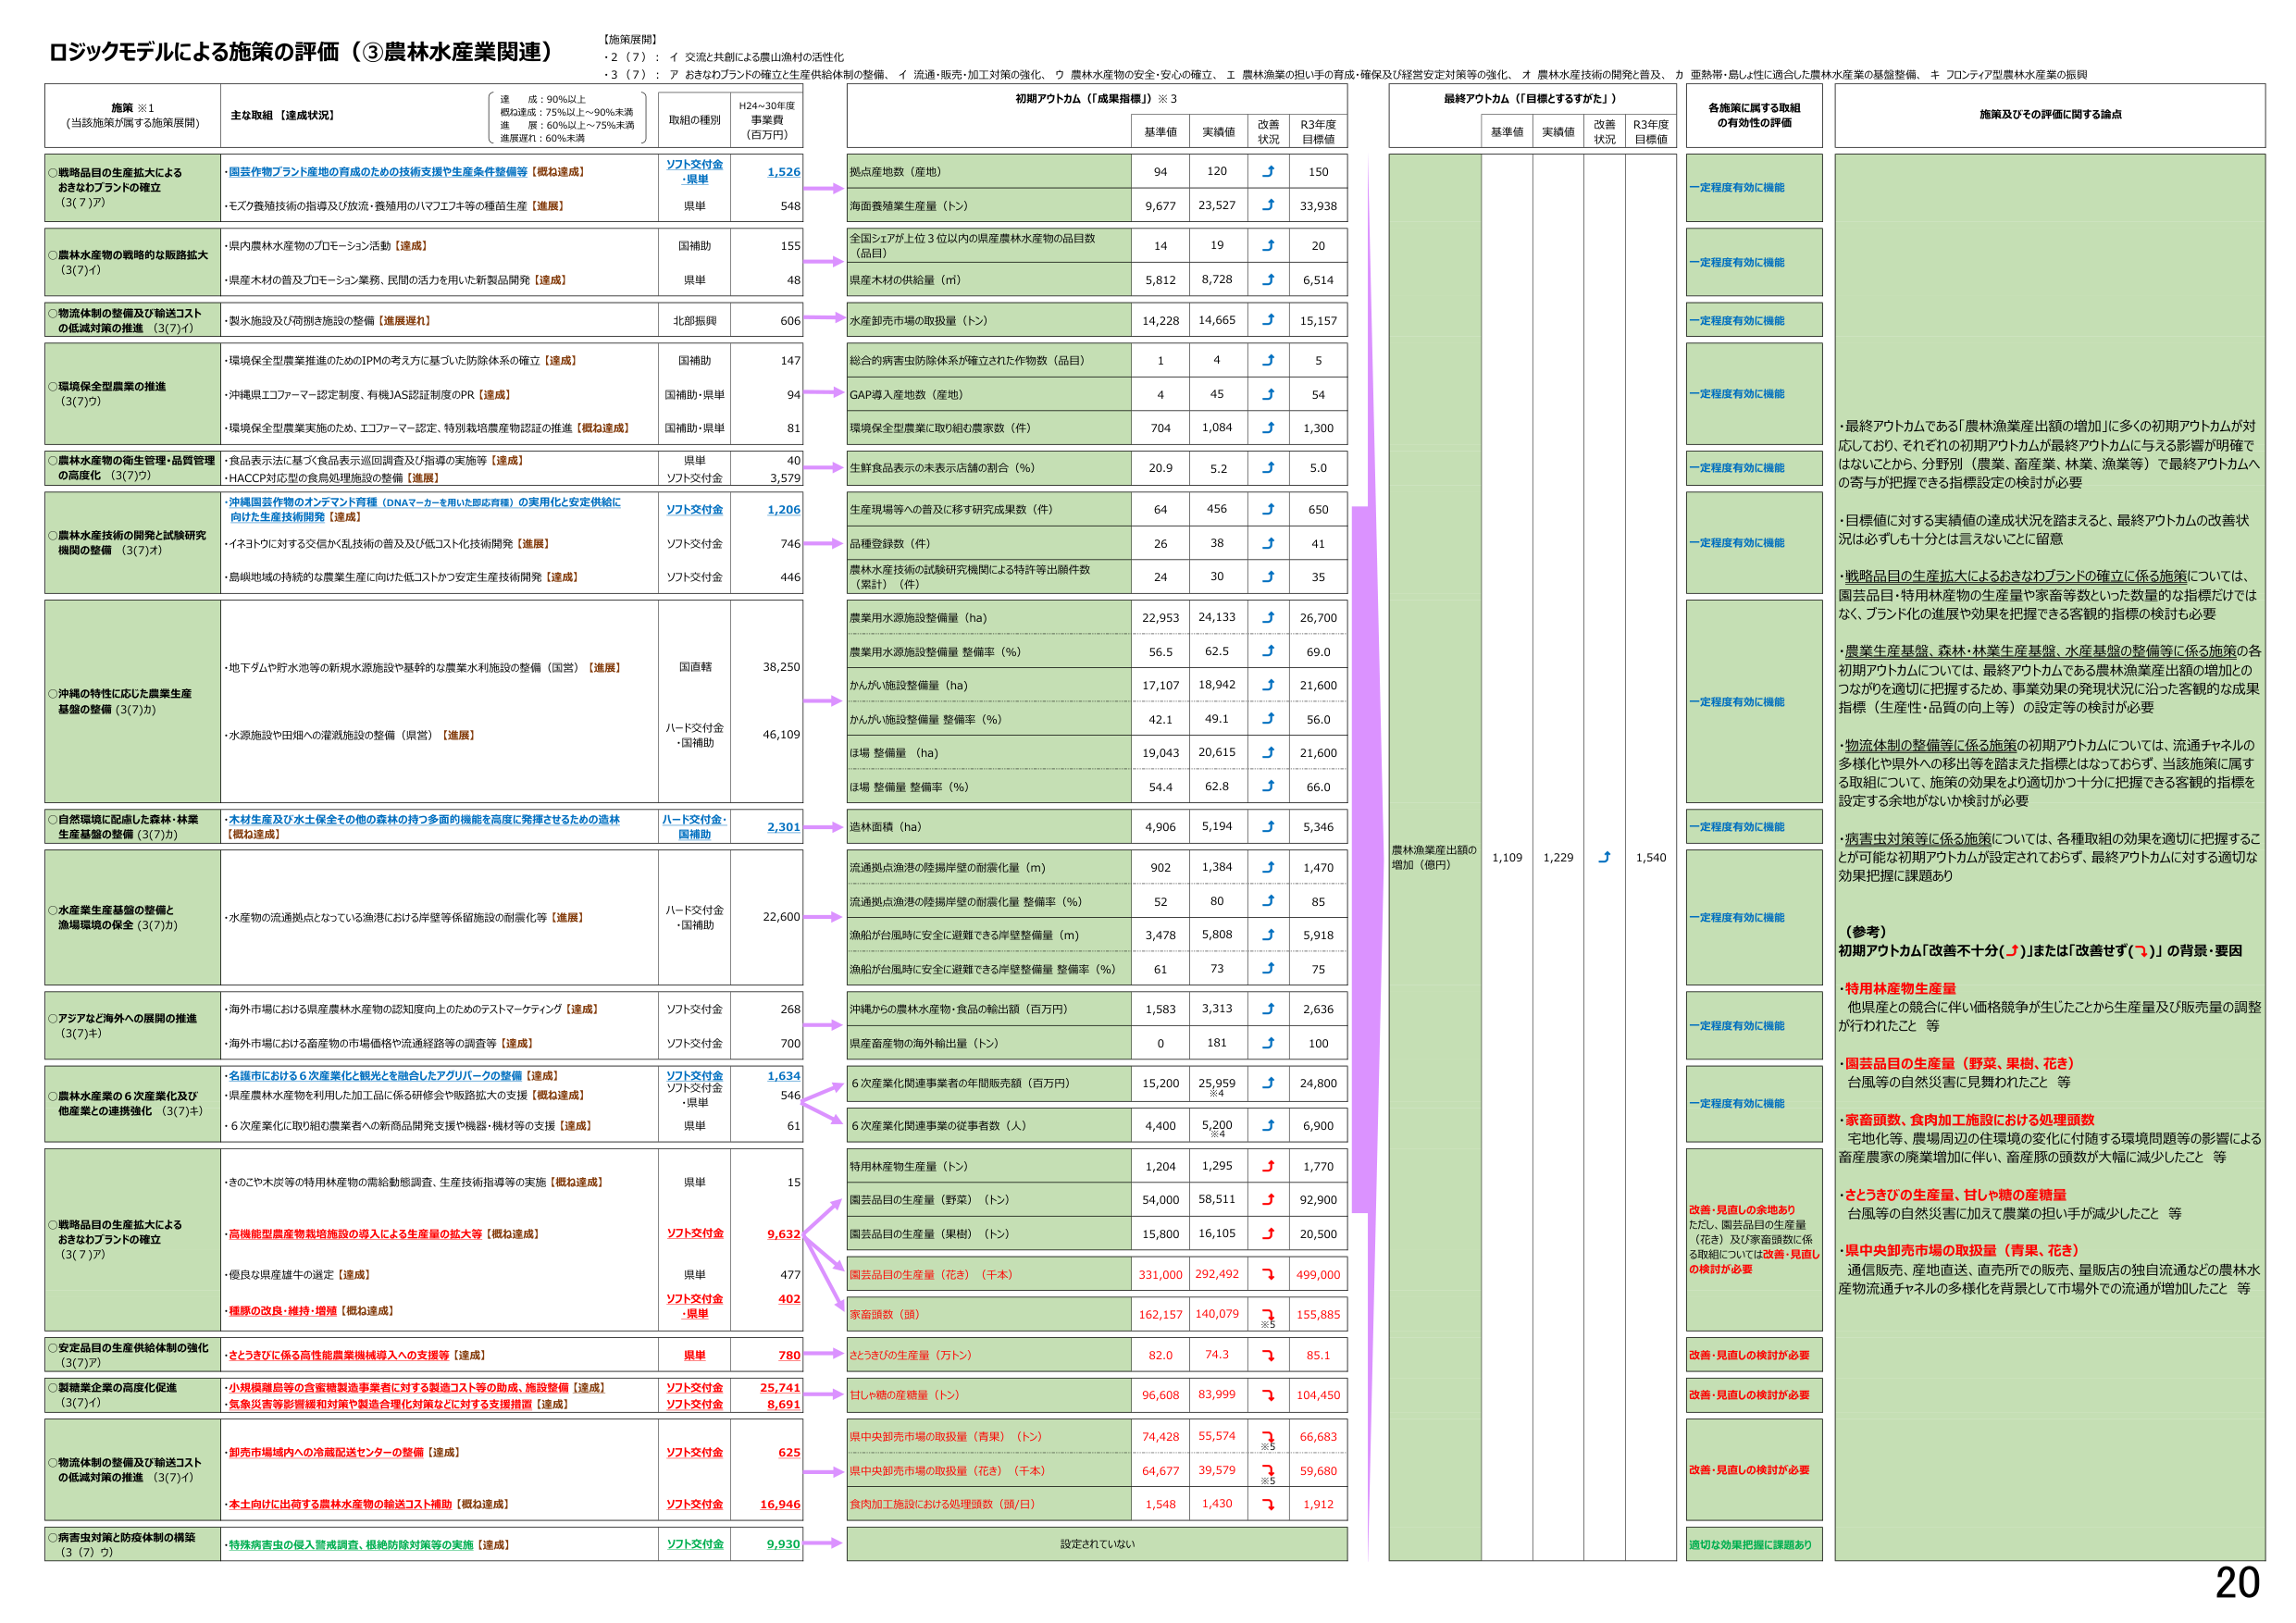
ロジックモデルによる施策の評価（③農林水産業関連）

【施策展開】
・2（7）：イ 交流と共創による農山漁村の活性化
・3（7）：ア おきなわブランドの確立と生産供給体制の整備、イ 流通・販売・加工対策の強化、ウ 農林水産物の安全・安心の確立、エ 農林漁業の担い手の育成・確保及び経営安定対策等の強化、オ 農林水産技術の開発と普及、カ 面熱帯・島しょ性に適合した農林水産業の基盤整備、キ フロンティア型農林水産業の振興

施策 ※1
（当該施策が属する施策展開）

主な取組【達成状況】

達成：90%以上
概ね達成：75%以上～90%未満
進展：60%以上～75%未満
進展遅れ：60%未満

取組の種別
H24～30年度
事業費
（百万円）

○戦略品目の生産拡大によるおきなわブランドの確立（3(7)ア）
・国芸作物ブランド産地の育成のための技術支援や生産条件整備等【概ね達成】
・モズク養殖技術の指導及び放流・養殖用のハマフエナ等の種苗生産【進展】
ソフト交付金
・県単
1,526
県単
548

○農林水産物の戦略的な販路拡大（3(7)イ）
・県内農林水産物のプロモーション活動【達成】
・県産木材の普及プロモーション業務、民間の活力を用いた新製品開発【達成】
国補助
155
県単
48

○物流体制の整備及び輸送コストの低減対策の推進（3(7)イ）
・製氷施設及び冷凍施設の整備【進展遅れ】
北部振興
606

○環境保全型農業の推進（3(7)ウ）
・環境保全型農業推進のためのIPMの考え方に基づいた防除体系の確立【達成】
・沖縄県エコファーマー認定制度、有機JAS認証制度のPR【達成】
・環境保全型農業実施のため、エコファーマー認定、特別栽培農産物認証の推進【概ね達成】
国補助
147
国補助・県単
94
国補助・県単
81

○農林水産物の衛生管理・品質管理の高度化（3(7)ウ）
・食品表示法に基づく食品表示巡回調査及び指導の実施等【達成】
・HACCP対応型の食品処理施設の整備【進展】
県単
40
ソフト交付金
3,579

○農林水産技術の開発と試験研究機関の整備（3(7)オ）
・沖縄国芸作物のオンデマンド育種（DNAマーカーを用いた即応育種）の実用化と安定供給に向けた生産技術開発【達成】
・イネトウに対する交信かく乱技術の普及及び低コスト化技術開発【進展】
・島嶼地域の持続的な農業生産に向けた低コストかつ安定生産技術開発【達成】
ソフト交付金
1,206
ソフト交付金
746
ソフト交付金
446

○沖縄の特性に応じた農業生産基盤の整備（3(7)カ）
・地下ダムや貯水池等の新規水源施設や基幹的な農業水利施設の整備（国営）【進展】
・水源施設や田畑への灌漑施設の整備（県営）【進展】
国直轄
38,250
ハード交付金・国補助
46,109

○自然環境に配慮した森林・林業生産基盤の整備（3(7)カ）
・木材生産及び水土保全その他の森林の持つ多面的機能を高度に発揮させるための造林【概ね達成】
ハード交付金・国補助
2,301

○水産業生産基盤の整備と漁場環境の保全（3(7)カ）
・水産物の流通拠点となっている漁港における岸壁等係留施設の耐震化等【進展】
ハード交付金・国補助
22,600

○アジアなど海外への展開の推進（3(7)キ）
・海外市場における県産農林水産物の認知度向上のためのテストマーケティング【達成】
・海外市場における畜産物の市場価格や流通経路等の調査等【達成】
ソフト交付金
268
ソフト交付金
700

○農林水産業の6次産業化及び他産業との連携強化（3(7)キ）
・名護市における6次産業化と観光を融合したアグリパークの整備【達成】
・県産農林水産物を利用した加工品に係る研修会や販路拡大の支援【概ね達成】
・6次産業化に取り組む農業者への新商品開発支援や機器・機材等の支援【達成】
ソフト交付金
ソフト交付金
・県単
1,634
546
県単
61

○戦略品目の生産拡大によるおきなわブランドの確立（3(7)ア）
・きのこや木炭等の特用林産物の需給動態調査、生産技術指導等の実施【概ね達成】
・高機能型農産物栽培施設の導入による生産量の拡大等【概ね達成】
・優良な県産雄牛の選定【達成】
・種豚の改良・維持・増殖【概ね達成】
県単
15
ソフト交付金
9,632
県単
477
ソフト交付金
・県単
402

○安定品目の生産供給体制の強化（3(7)ア）
・さとうきびに係る高性能農業機械導入への支援等【達成】
県単
780

○製糖業企業の高度化促進（3(7)イ）
・小規模離島等の含蜜糖製造事業者に対する製造コスト等の助成、施設整備【達成】
・気象災害等影響緩和対策や製造合理化対策などに対する支援措置【達成】
ソフト交付金
25,741
ソフト交付金
8,691

○物流体制の整備及び輸送コストの低減対策の推進（3(7)イ）
・卸売市場域内への冷蔵配送センターの整備【達成】
・本土向けに出荷する農林水産物の輸送コスト補助【概ね達成】
ソフト交付金
625
ソフト交付金
16,946

○病害虫対策と防疫体制の構築（3(7)ウ）
・特殊病害虫の侵入警戒調査、根絶除染対策等の実施【達成】
ソフト交付金
9,930

初期アウトカム（「成果指標」）※3

基準値
実績値
改善状況
R3年度目標値

拠点地地数（産地）
94
120
⤴
150

海面養殖業生産量（トン）
9,677
23,527
⤴
33,938

全国シェアが上位3位以内の県産農林水産物の品目数（品目）
14
19
⤴
20

県産木材の供給量（㎥）
5,812
8,728
⤴
6,514

水産卸売市場の取扱量（トン）
14,228
14,665
⤴
15,157

総合的病害虫防除体系が確立された作物数（品目）
1
4
⤴
5

GAP導入産地数（産地）
4
45
⤴
54

環境保全型農業に取り組む農家数（件）
704
1,084
⤴
1,300

生鮮食品表示の未表示店舗の割合（％）
20.9
5.2
⤴
5.0

生産現場等への普及に移す研究成果数（件）
64
456
⤴
650

品種登録数（件）
26
38
⤴
41

農林水産技術の試験研究機関による特許等出願件数（累計）（件）
24
30
⤴
35

農業用水源施設整備量（ha）
22,953
24,133
⤴
26,700

農業用水源施設整備量 整備率（％）
56.5
62.5
⤴
69.0

かんがい施設整備量（ha）
17,107
18,942
⤴
21,600

かんがい施設整備量 整備率（％）
42.1
49.1
⤴
56.0

ほ場 整備量（ha）
19,043
20,615
⤴
21,600

ほ場 整備量 整備率（％）
54.4
62.8
⤴
66.0

造林面積（ha）
4,906
5,194
⤴
5,346

流通拠点漁港の陸揚岸壁の耐震化量（m）
902
1,384
⤴
1,470

流通拠点漁港の陸揚岸壁の耐震化量 整備率（％）
52
80
⤴
85

漁船が台風時に安全に避難できる岸壁整備量（m）
3,478
5,808
⤴
5,918

漁船が台風時に安全に避難できる岸壁整備量 整備率（％）
61
73
⤴
75

沖縄からの農林水産物・食品の輸出額（百万円）
1,583
3,313
⤴
2,636

県産畜産物の海外輸出量（トン）
0
181
⤴
100

6次産業化関連事業者の年間販売額（百万円）
15,200
25,959
※4
⤴
24,800

6次産業化関連事業の従事者数（人）
4,400
5,200
※4
⤴
6,900

特用林産物生産量（トン）
1,204
1,295
⤴
1,770

園芸品目の生産量（野菜）（トン）
54,000
58,511
⤴
92,900

園芸品目の生産量（果樹）（トン）
15,800
16,105
⤴
20,500

園芸品目の生産量（花き）（千本）
331,000
292,492
⤵
499,000

家畜頭数（頭）
162,157
140,079
⤵
※5
155,885

さとうきびの生産量（万トン）
82.0
74.3
⤵
85.1

甘しゃ糖の産糖量（トン）
96,608
83,999
⤵
104,450

県中央卸売市場の取扱量（青果）（トン）
74,428
55,574
⤵
※5
66,683

県中央卸売市場の取扱量（花き）（千本）
64,677
39,579
⤵
※5
59,680

食肉加工施設における処理頭数（頭/日）
1,548
1,430
⤵
1,912

設定されていない

最終アウトカム（「目標とする力」）

基準値
実績値
改善状況
R3年度目標値

農林漁業産出額の増加（億円）
1,109
1,229
⤴
1,540

各地施策に属する取組の有効性の評価

一定程度有効に機能

一定程度有効に機能

一定程度有効に機能

一定程度有効に機能

一定程度有効に機能

一定程度有効に機能

一定程度有効に機能

一定程度有効に機能

一定程度有効に機能

一定程度有効に機能

一定程度有効に機能

改善・見直しの余地あり
ただし、園芸品目の生産量（花き）及び家畜頭数に係る取組については改善・見直しの検討が必要

改善・見直しの検討が必要

改善・見直しの検討が必要

改善・見直しの検討が必要

適切な効果把握に課題あり

施策及びその評価に関する論点

・最終アウトカムである「農林漁業産出額の増加」に多くの初期アウトカムが対応しており、それぞれの初期アウトカムが最終アウトカムに与える影響が明確ではないことから、分野別（農業、畜産業、林業、漁業等）で最終アウトカムへの寄与が把握できる指標設定の検討が必要

・目標値に対する実績値の達成状況を踏まえると、最終アウトカムの改善状況は必ずしも十分とは言えないことに留意

・戦略品目の生産拡大によるおきなわブランドの確立に係る施策については、園芸品目・特用林産物の生産量や家畜等数といった数量的な指標だけではなく、ブランド化の進展や効果を把握できる客観的指標の検討も必要

・農業生産基盤、森林・林業生産基盤、水産基盤の整備等に係る施策の各初期アウトカムについては、最終アウトカムである農林漁業産出額の増加とのつながりを適切に把握するため、事業効果の発現状況に沿った客観的な成果指標（生産性・品質の向上等）の設定等の検討が必要

・物流体制の整備等に係る施策の初期アウトカムについては、流通チャネルの多様化や県外への移出等を踏まえた指標とはなっておらず、当該施策に属する取組について、施策の効果をより適切かつ十分に把握できる客観的指標を設定する余地がないか検討が必要

・病害虫対策等に係る施策については、各種取組の効果を適切に把握することか可能な初期アウトカムが設定されておらず、最終アウトカムに対する適切な効果把握に課題あり

（参考）
初期アウトカム「改善不十分（⤵）」または「改善せず（⤵）」の背景・要因

・特用林産物生産量
他県産との競合に伴い価格競争が生じたことから生産量及び販売量の調整が行われたこと 等

・園芸品目の生産量（野菜、果樹、花き）
台風等の自然災害に見舞われたこと 等

・家畜頭数、食肉加工施設における処理頭数
宅地化等、農場周辺の住環境の変化に付随する環境問題等の影響による畜産農家の廃業増加に伴い、畜産豚の頭数が大幅に減少したこと 等

・さとうきびの生産量、甘しゃ糖の産糖量
台風等の自然災害に加えて農業の担い手が減少したこと 等

・県中央卸売市場の取扱量（青果、花き）
通信販売、産地直送、直売所での販売、量販店の独自流通などの農林水産物流通チャネルの多様化を背景として市場外での流通が増加したこと 等

20